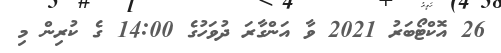
26 އޮކްޓޯބަރު 2021 ވާ އަންގާރަ ދުވަހުގެ 14:00 ގެ ކުރިން މި